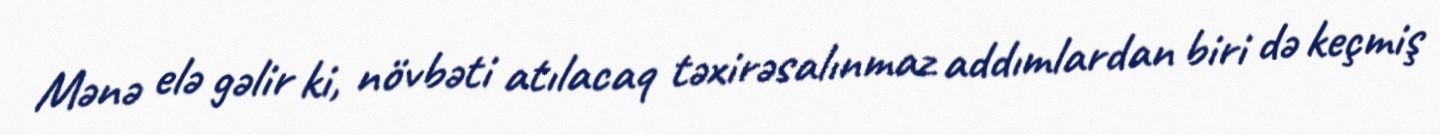
Mənə elə gəlir ki, növbəti atılacaq təxirəsalınmaz addımlardan biri də keçmiş